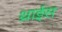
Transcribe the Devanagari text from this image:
थ्राईस